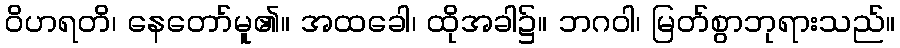
ဝိဟရတိ၊ နေတော်မူ၏။ အထခေါ၊ ထိုအခါ၌။ ဘဂဝါ၊ မြတ်စွာဘုရားသည်။